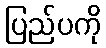
ပြည်ပကို